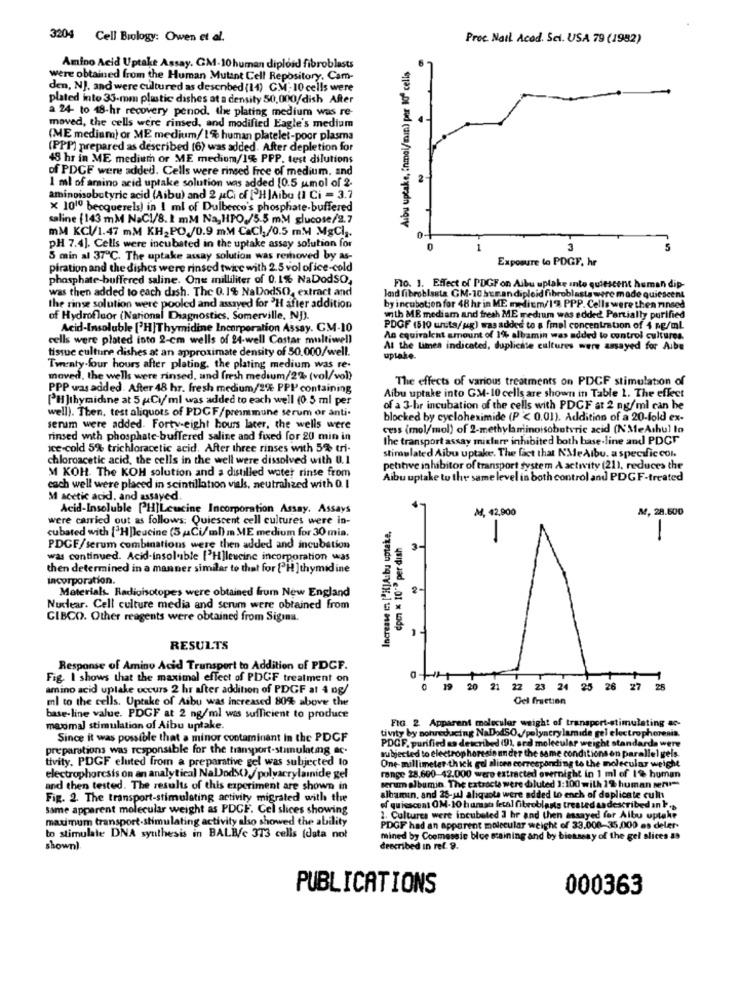
3204 Cell Biology: Owen et al.
Proc. Nail Acad. Sci. USA 79 (1982)
Amino Acid Uptake Assay. GM-10 human diploid fibroblasts
Albu uptake, inmal/min) per 10º cells
were obtained from the Human Mutant Cell Repository. Cam-
den, NJ. and were cultured as described (14) CM; 10 cells were
plated into 33-mm plastic dishes at a density 50,000/dish After
a 24 to 18-hr recovery penod. the plating medium was re-
moved, the cells were rimed, and modified Eagle's medium
(ME medium) or ME medium/ 1% human platelet-poor plasma
(PPP) prepared as described [6) was added. After depletion for
48 hr in ME medium or ME mediom/1% PPP, test dilutions
of PDCF were added. Cells were rinsed free of medium, and
1 ml of amino acid uptake solution was added [0.5 umol of 2.
amingisobutyric acid (Aibu) and 2 AtCi of [H]Aibo (1 Ci = 3.7
x 1010 becquerels) in ! ml of Dulbecco's phosphate-buffered
saline (143 mM NaCI/8. 1 mM Na,HPO./5.5 mMM glucose/2.7
mM KCI/1.47 mM KH2PO,/0.9 mM CaCI,/0.5 mM MgCl ;.
pH 7.4]. Cells were incubated in the uptake assay solution for
3
5
5 min al 37℃. The uptake assay solution was removed by as-
Exposure le PDGF, hr
piration and the dishes were rinsed twice with 2.5 vol of ice-cold
phosphate-buffered saline. One milliliter of 0. 1% NaDodSO,
was then added to each dash. The 0.1% NaDodSO, extract and
land fibroblasts GM-10 bur.andiploid fibroblas
FIO. 1. Effect of PDGFon Albu upla
odip-
quiese
the rinse solution were pooled and assayed for 'H after addition
by incubation for 48 hr in ME medicm/1% PPP. Cells were then rinsed
of Hydrofluor (National Diagnostics, Somerville, NJ).
with ME mediam and fresh ME medium was added. Partially purified
Acid-Insoluble ['H|Thymidine Incorporation Assay. CM-10
PDGF (510 unuta/ ug) was added to a final concentration of 4 ng/ml
cells were plated into 2-cm wells of 24-well Costar multiwell
An equivalent amount of 1% albamin was added to control cultures.
tissue culture dishes at an approximate density of 50.000/well.
At the Limes indicated, duplicate cultures were assayed for Aibe
uptake.
Twenty-four hours after plating, the plating medium was re-
moved, the wells were rinsed, and fresh medium/2% (vol/vol)
The effects of various treatments on PDGF stimulation of
PPP was added. After 48 hr. fresh medium/2% PPI containing
[H]thymidine at 5 Ciml was added to each well (0.5 ml per
Aibu uptake into GM-10 cells are shown in Table 1. The effect
well). Then, test aliquots of PDGF/preimmune serum or anti-
of a 3-hr incubation of the cells with PDCF at 2 ng/ml can he
blocked by cycloheximide (P < 0.01). Addition of a 20-fold ex-
serim were added. Forty-eight hours later. the wells were
cess (mol/mol) of 2-methylamiinoisobutvric acid (NMeAshul lo
rinsed with phosphate-buffered saline and fixed for 20 min in
the transport assay mislere inhibited both base-line and PDGT
ice-cold 5% trichloracetic acid, After three rinses with 5% tri-
chloroacetic acid, the cells in the well were dissolved with 0.1
stimulated Aibu uptake. The fact that NMeAlbu. a specific col.
petitive inhibitor of transport system A activity (21), reduces the
M KOH. The KOH solution and a distilled water rinse from
Albu uptake to the same level in both control and PDGF-treated
cach well were placed in scintillation vials, neutralized with 0. 1
M acetic acid. and ussayed
Acid-Insoluble [H]Lcucine Incorporation Assay. Assays
M, 28.600
were carried out as follows: Quiescent cell cultures were in-
M4, 42,900
cubated with ['Hpleucine (3 ,Ci/ml) m ME medium for 30 mia.
Increase in ["HJA bu uptake.
dpm * 10"> per dish
-
PDCF/serum combinations were then added and incubation
was continued. Acid-insoluble ['H]leucine incorporation was
then determined in a manner similar to that for ['H ] thymid ine
incorporation.
Materials. Radioisotopes were obtained from New England
2-
Nuclear. Cell culture media and serum were obtained from
GIBCO. Other reagents were obtained from Sigina.
RESULTS
Response of Amino Acid Transport to Addition of PDCF.
Fig. I shows that the maximal effect of PDCF treatment on
amino acid uplake occurs 2 hr after addition of PDGF at 4 og/
19 20 21 22 23 24 25 26 27 25
ml to the cells. Uptake of Asbu was increased 80% above the
Gel fraction
base-line value. PDGF at 2 ng/ml was sufficient to produce
FIG. 2 Apparent molecular weight of transport-stimulating ac-
maximal stimulation of Aibu uptake.
tivity by mohreducing NaDodSO,/polyacry lamide gel electrophoresis.
Since it was possible that a minor contaminant in the PDGF
PDGF. purified as described (9), and molecular weight standards were
preparations was responsible for the transport-stimulatmg ac-
subjected to electrophoresis under the same conditions on parallel gels.
tivity, PDGF eluted from a preparative gel was subjected to
One-millimeter thick gol alicen corresponding to the molecular weight
electrophoresis on an analytical NalJods(),/polyacrylamide gel
range 28.690-42.000 were extracted overnight in 1 ml of 1% human
and then tested. The results of this experiment are shown in
umalbumin. The extracts were diluted 1:100 with 19 human serum
Fig. 2. The transport-stimulating activity migrated with the
albamin, and 25-jul aliquota were added to ench of duplicate cult
Same apparent molecular weight as PDGF. Cel slices showing
of quiescent OM-10 hurst fetal fibroblasts treated as described an F.
maximum transport-stimulating activity also showed the ability
2. Cultures were incubated I hr and then assayed for Albu uptake
PDGF had an apparent molecular weight of 33.000-35,000 es deler-
to stimulate DNA synthesis in BALB/c 373 cells (dsta not
mined by Coomessie bloe staining and by bickseny of the gel slices &
shown).
described in ref. 9.
PUBLICATIONS
000363